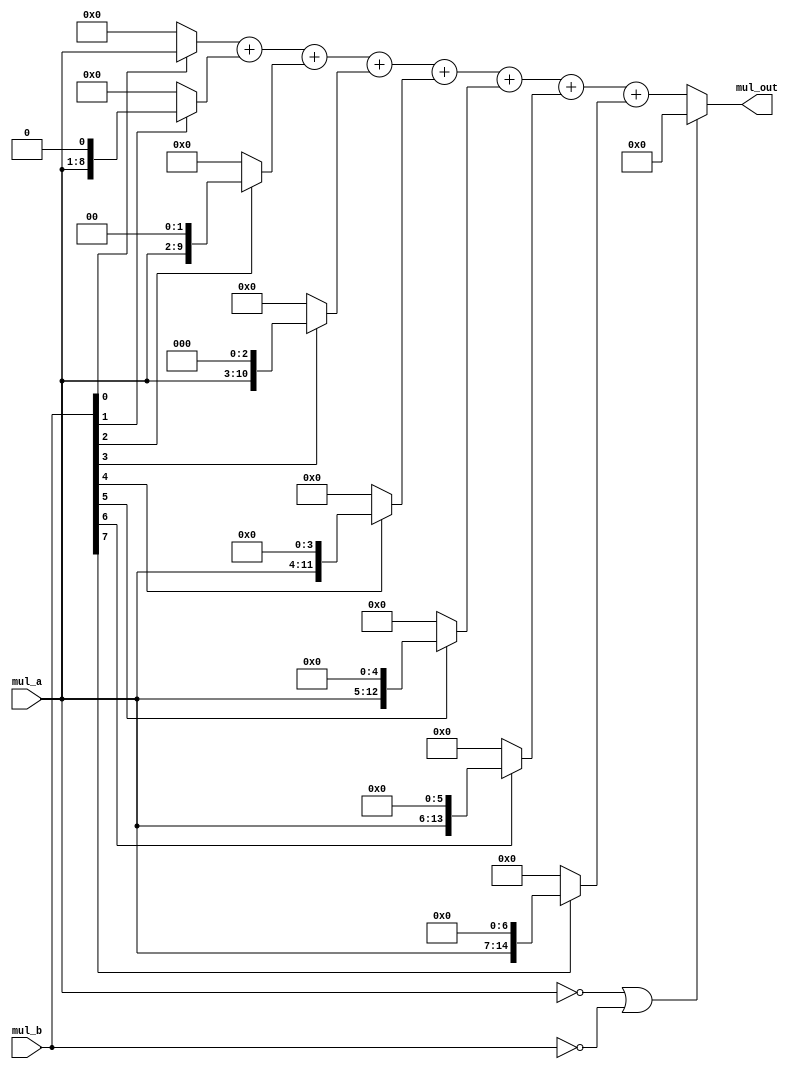
`timescale 1ns / 1ps
//////////////////////////////////////////////////////////////////////////////////
// Company: 
// Engineer: 
// 
// Design Name: 
// Module Name: win_mul_8_unsigned
// Project Name: 
// Target Devices: 
// Tool Versions: 
// Description: 
// 
// Dependencies: 
// 
// Revision:
// Revision 0.01 - File Created
// Additional Comments:
// 
//////////////////////////////////////////////////////////////////////////////////



module win_mul_8_unsigned(
	input  		[7:0] 	mul_a,
	input  		[7:0] 	mul_b,

	output  	[15:0] 	mul_out
    );

	wire [15:0] stored0;
	wire [15:0] stored1;
	wire [15:0] stored2;
	wire [15:0] stored3;
	wire [15:0] stored4;
	wire [15:0] stored5;
	wire [15:0] stored6;
	wire [15:0] stored7;

	wire [15:0] mul_wire_out;

	assign	stored0 	= mul_b[0]? {8'b0, mul_a[7:0] 	   } : 16'b0;
	assign	stored1 	= mul_b[1]? {7'b0, mul_a[7:0], 1'b0} : 16'b0;
	assign	stored2 	= mul_b[2]? {6'b0, mul_a[7:0], 2'b0} : 16'b0;
	assign	stored3 	= mul_b[3]? {5'b0, mul_a[7:0], 3'b0} : 16'b0;
	assign	stored4 	= mul_b[4]? {4'b0, mul_a[7:0], 4'b0} : 16'b0;
	assign	stored5 	= mul_b[5]? {3'b0, mul_a[7:0], 5'b0} : 16'b0;
	assign	stored6 	= mul_b[6]? {2'b0, mul_a[7:0], 6'b0} : 16'b0;
	assign	stored7 	= mul_b[7]? {1'b0, mul_a[7:0], 7'b0} : 16'b0;

	assign	mul_wire_out = stored0+stored1+stored2+stored3+stored4+stored5+stored6+stored7;

	assign	mul_out 	= (mul_a == 8'h00 || mul_b == 8'h00) ? 16'h0 : mul_wire_out;

endmodule